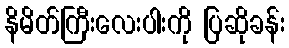
နိမိတ်ကြီးလေးပါးကို ပြဆိုခန်း